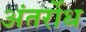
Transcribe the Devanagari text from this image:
अंतर्रोध